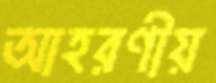
আহরণীয়